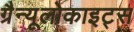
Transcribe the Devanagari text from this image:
ग्रैन्यूलोकाइट्स